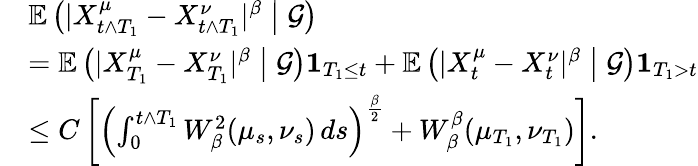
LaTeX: \begin{array}{rl}&{\mathbb{E}\left(|X_{t\wedge T_{1}}^{\mu}-X_{t\wedge T_{1}}^{\nu}|^{\beta}\bigm|\mathcal{G}\right)}\\ &{=\mathbb{E}\left(|X_{T_{1}}^{\mu}-X_{T_{1}}^{\nu}|^{\beta}\bigm|\mathcal{G}\right)\mathbf{1}_{T_{1}\leq t}+\mathbb{E}\left(|X_{t}^{\mu}-X_{t}^{\nu}|^{\beta}\bigm|\mathcal{G}\right)\mathbf{1}_{T_{1}>t}}\\ &{\leq C\left[\left(\int_{0}^{t\wedge T_{1}}W_{\beta}^{2}(\mu_{s},\nu_{s})\, ds\right)^{\frac{\beta}{2}}+W_{\beta}^{\beta}(\mu_{T_{1}},\nu_{T_{1}})\right].}\end{array}